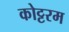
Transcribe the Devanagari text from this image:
कोट्टरम